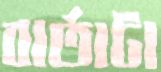
বার্তাটা